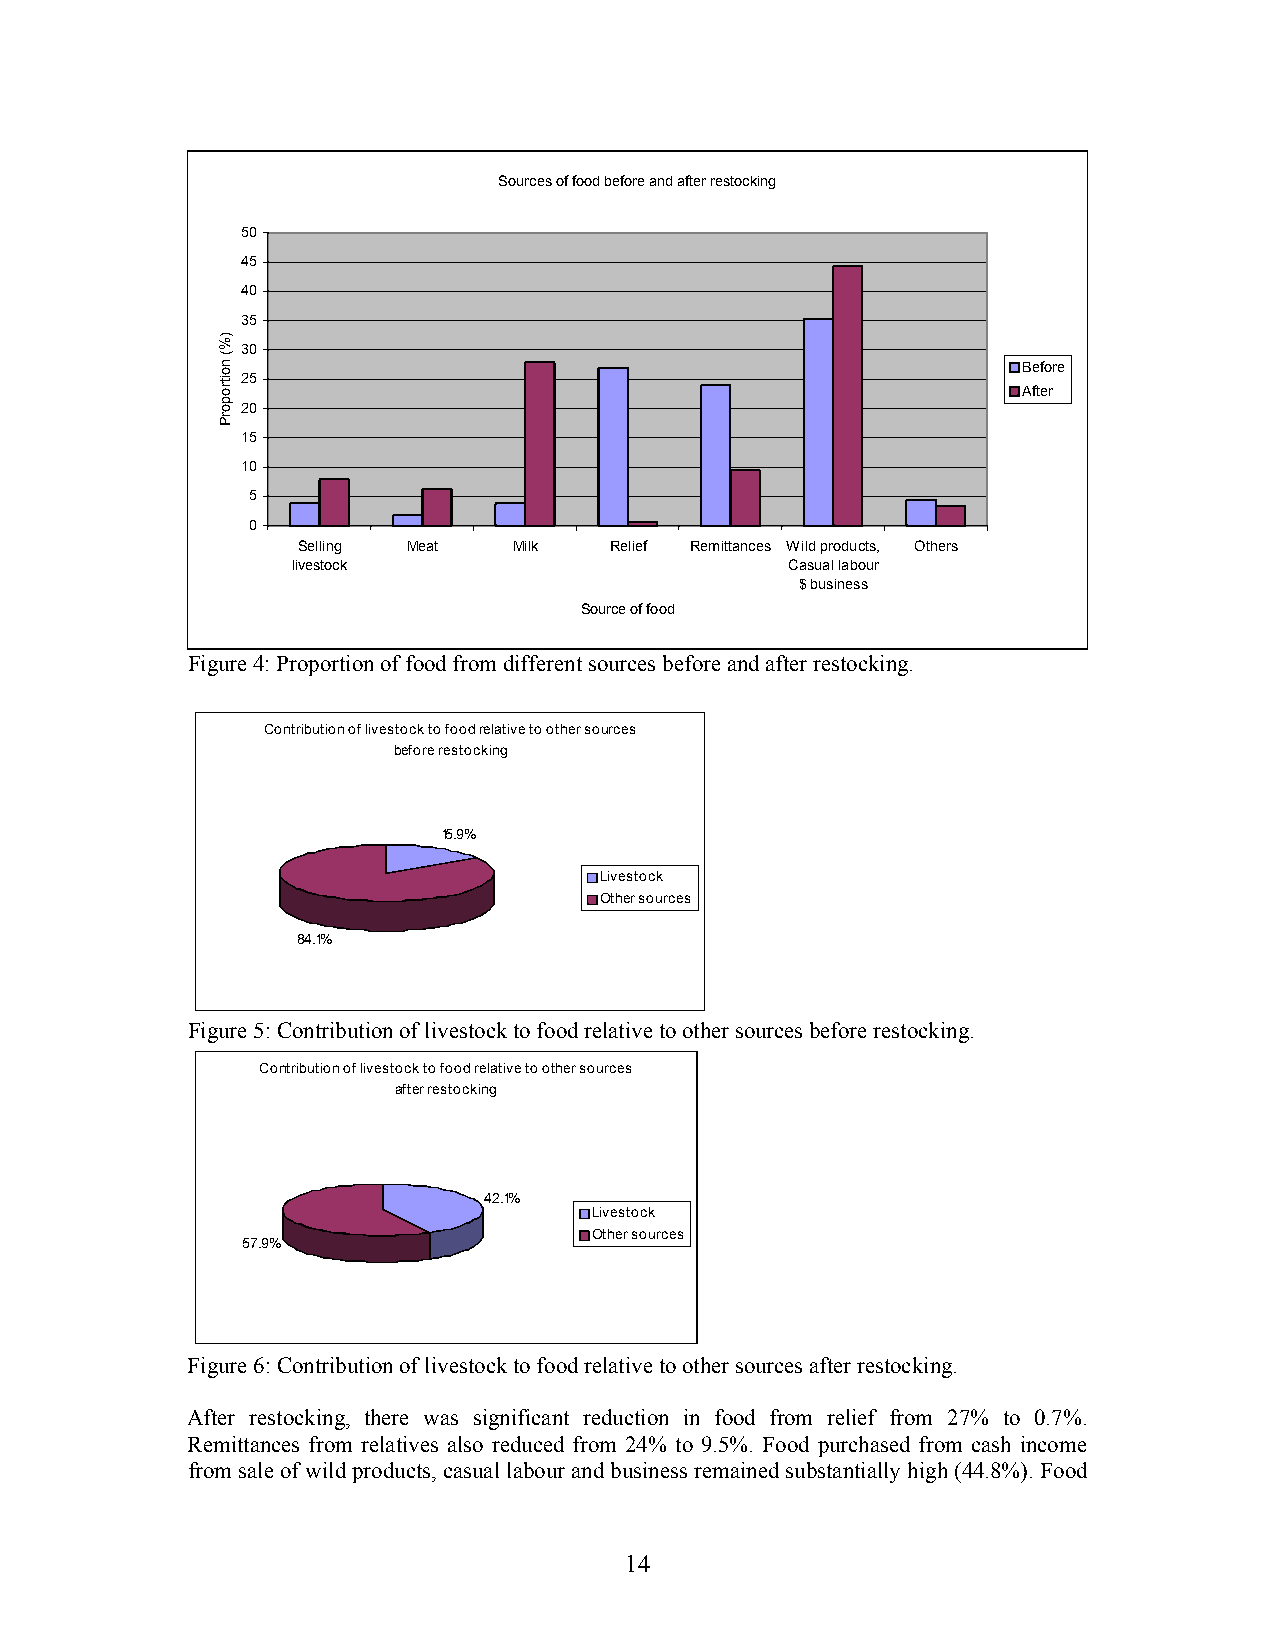
Sources of food before and after restocking
 50
 45
 40
 35
 30
 Before
 25
 After
 20
 15
 10
 5
 0
 Selling Meat  Milk  Relief Remittances Wild products, Others
 livestock                        Casual labour
 $ business
 Source of food
 Figure 4: Proportion of food from different sources before and after restocking.
 Contribution of livestock to food relative to other sources
 before restocking
 15.9%
 Livestock
 Other sources
 84.1%
 Figure 5: Contribution of livestock to food relative to other sources before restocking.
 Contribution of livestock to food relative to other sources
 after restocking
 42.1%
 Livestock
 Other sources
 57.9%
 Figure 6: Contribution of livestock to food relative to other sources after restocking.
 After restocking, there was significant reduction in food from relief from 27% to 0.7%.
 Remittances from relatives also reduced from 24% to 9.5%. Food purchased from cash income
 from sale of wild products, casual labour and business remained substantially high (44.8%). Food
 14
 )%(
 noitroporP